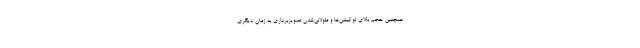
همچنین حجم بالای لوکیشن‌ها و طولانی‌شدن تصویربرداری به زمان دیگری